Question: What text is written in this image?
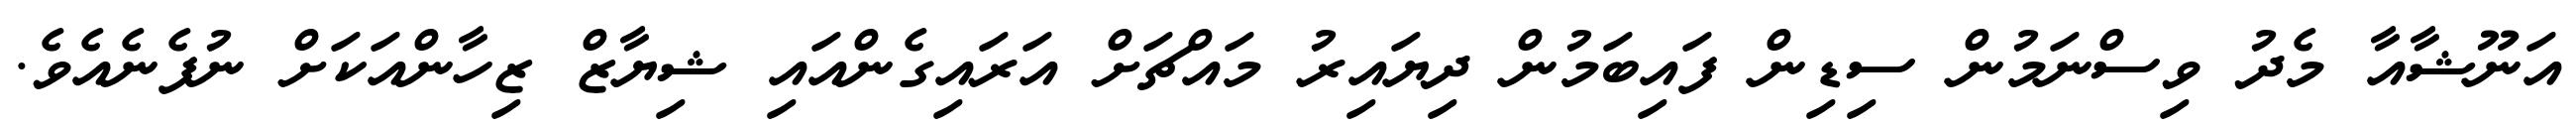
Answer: އަނޫޝާއާ މެދު ވިސްނަމުން ސިޑިން ފައިބަމުން ދިޔައިރު މައްޗަށް އަރައިގެންއައި ޝިޔާޒް ޒިހާންއަކަށް ނުފެނެއެވެ.